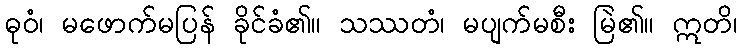
ဓုဝံ၊ မဖောက်မပြန် ခိုင်ခံ၏။ သဿတံ၊ မပျက်မစီး မြဲ၏။ ဣတိ၊